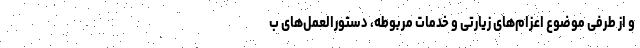
و از طرفی موضوع اعزام‌های زیارتی و خدمات مربوطه، دستورالعمل‌های ب